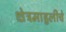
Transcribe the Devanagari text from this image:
क्षेत्रमाहुलीचे